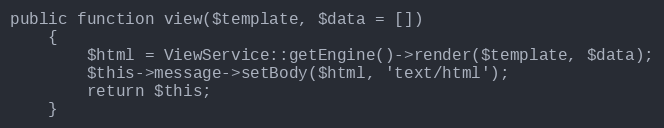
Language: PHP
public function view($template, $data = [])
    {
        $html = ViewService::getEngine()->render($template, $data);
        $this->message->setBody($html, 'text/html');
        return $this;
    }